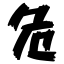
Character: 危